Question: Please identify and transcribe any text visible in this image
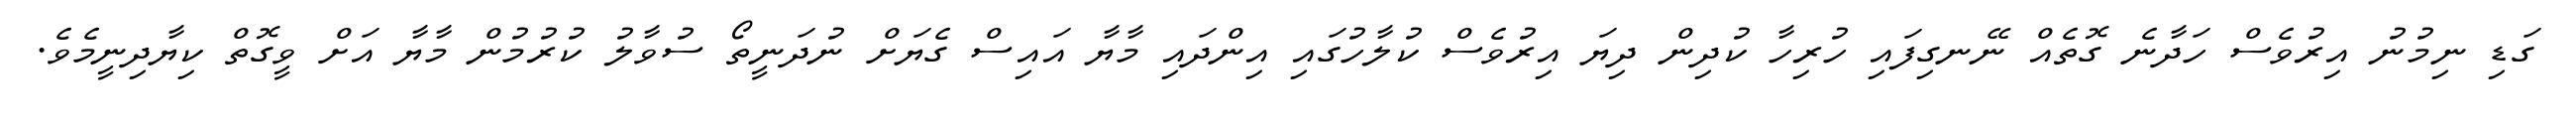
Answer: ގަޑި ނިމުނު އިރުވެސް ހަދާނެ ގޮތެއް ނޭނގިފައި ހުރިހާ ކުދިން ދިޔަ އިރުވެސް ކުލާހުގައި އިންދައި މާޔާ އައިސް ގެޔަށް ނުދަނީތޯ ސުވާލު ކުރުމުން މާޔާ އަށް ވީގޮތް ކިޔާދިނީމެވެ.